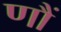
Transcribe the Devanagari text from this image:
णौं